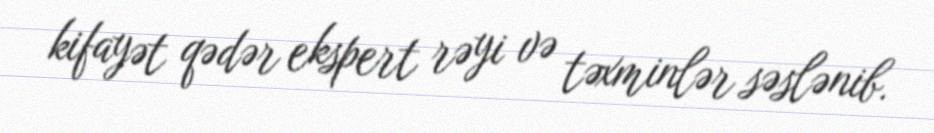
kifayət qədər ekspert rəyi və təxminlər səslənib.